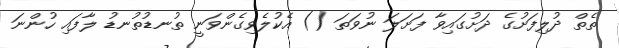
ތެތް ދުލިފަށުގެ ދަށުގައިވާ ފަށަލަ ނުވަތަ () އެކުލެވިގެންވަނީ ތުނޑުތުނޑު ލާފައި ހުންނަ